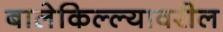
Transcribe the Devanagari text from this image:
बालेकिल्ल्यावरील